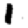
Digit: 1